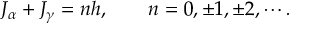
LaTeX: J _ { \alpha } + J _ { \gamma } = n h , \qquad n = 0 , \pm 1 , \pm 2 , \cdots .